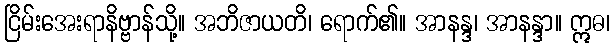
ငြိမ်းအေးရာနိဗ္ဗာန်သို့။ အဘိဇာယတိ၊ ရောက်၏။ အာနန္ဒ၊ အာနန္ဒာ။ ဣဓ၊